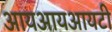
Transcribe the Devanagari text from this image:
आयआयआयटी